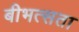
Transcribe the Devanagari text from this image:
बीभत्सता